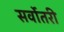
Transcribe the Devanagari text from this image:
सर्वोतरी